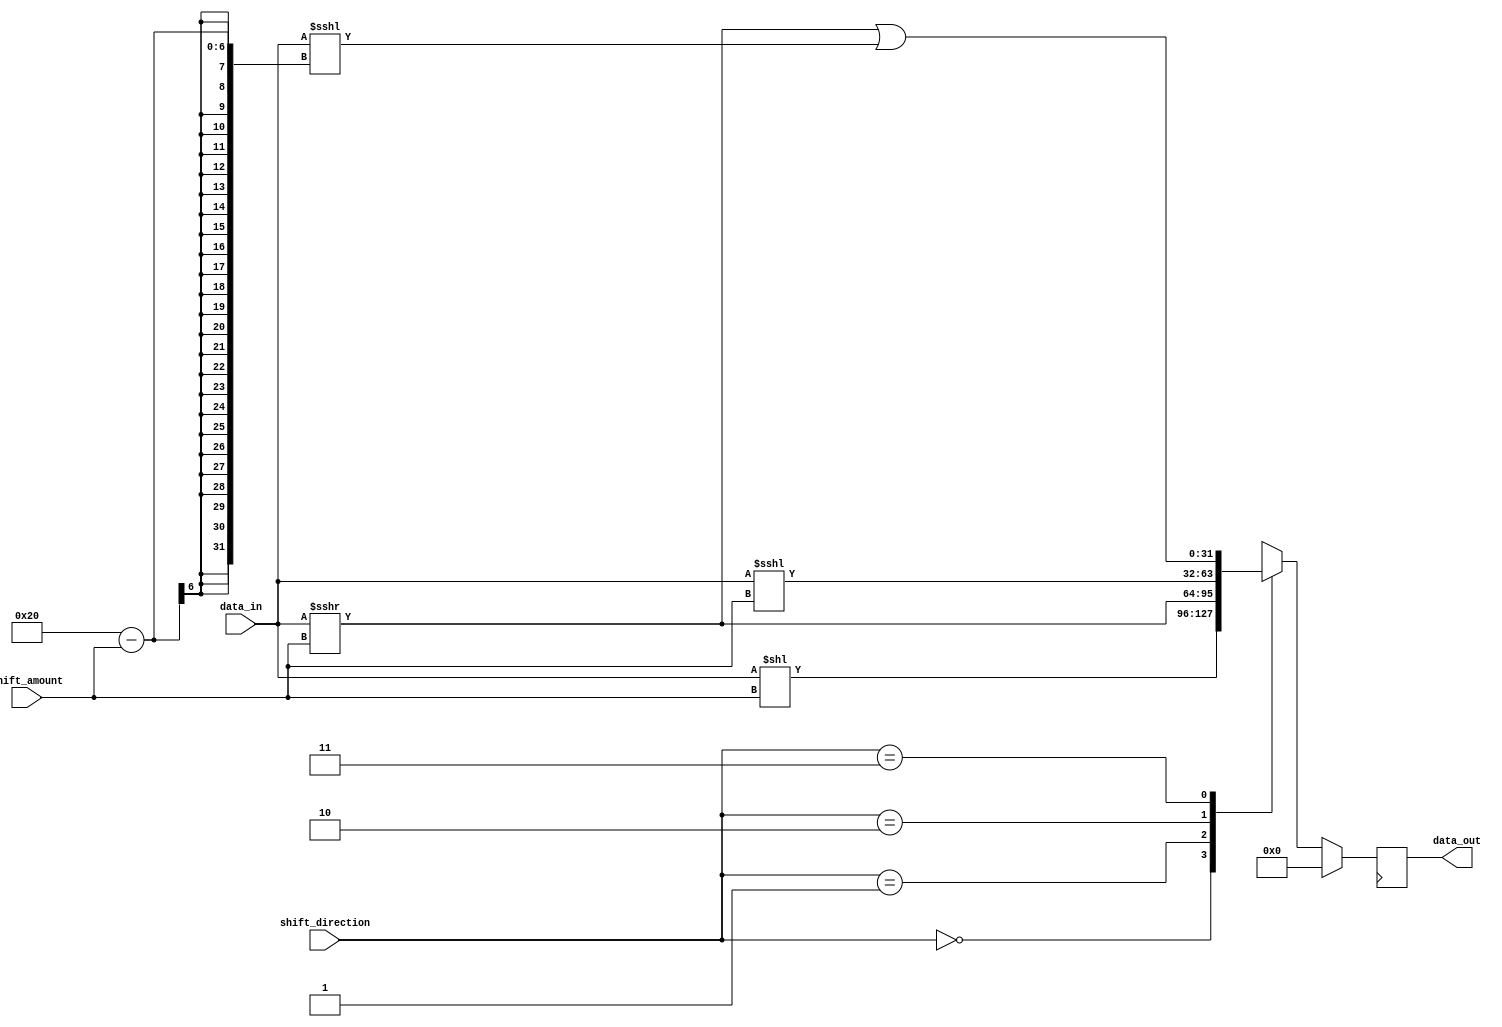
module arb_shifter (
    input signed [31:0] data_in,
    input [4:0] shift_amount,
    input [1:0] shift_direction,
    output reg signed [31:0] data_out
);

reg signed [31:0] shifted_data;

always @(*) begin
    case(shift_direction)
        2'b00: shifted_data = data_in << shift_amount; // left shift
        2'b01: shifted_data = data_in >>> shift_amount; // right shift with sign extension
        2'b10: shifted_data = data_in <<< shift_amount; // rotate left
        2'b11: shifted_data = data_in >>> shift_amount | data_in <<< (32 - shift_amount); // rotate right
    endcase
end

always @(posedge clk) begin
    if (reset) begin
        data_out <= 0;
    end else begin
        data_out <= shifted_data;
    end
end

endmodule